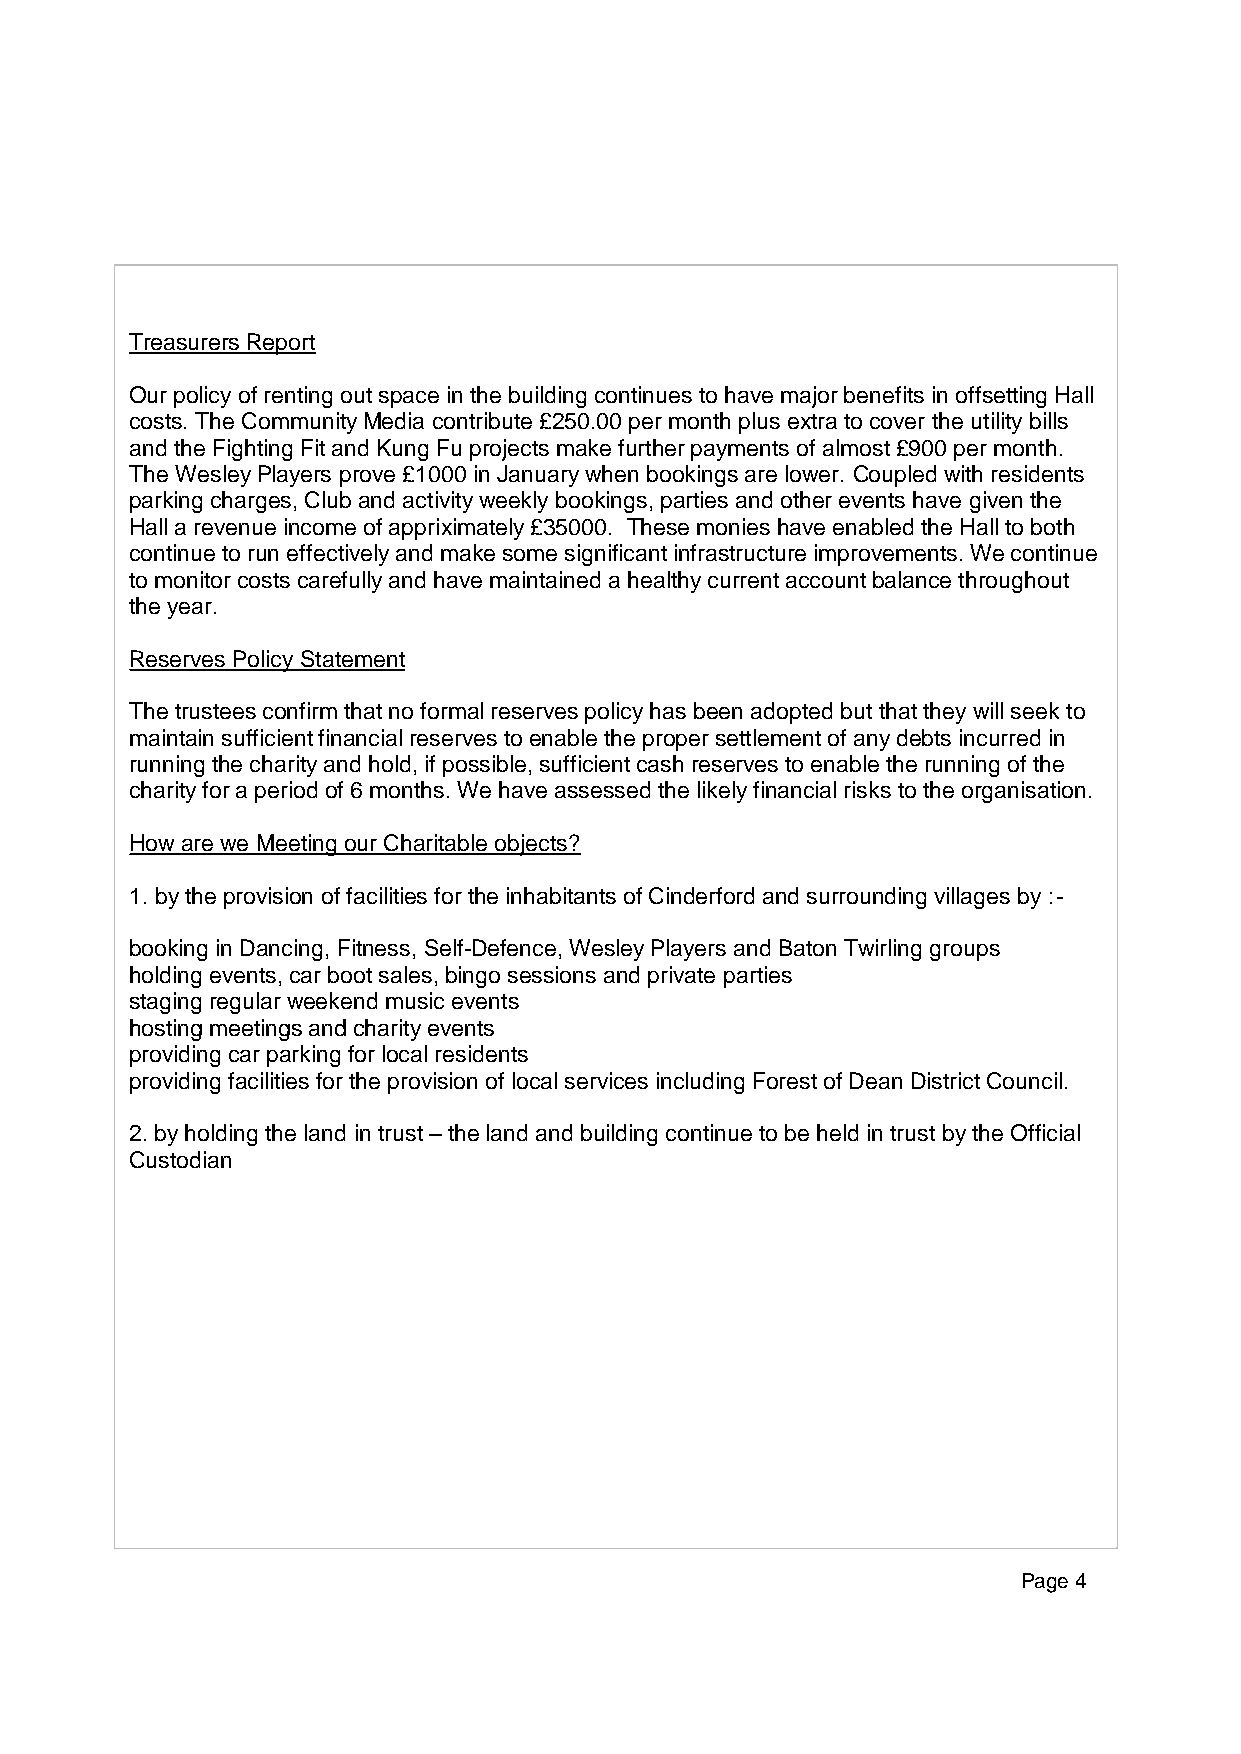
Treasurers Report
 Our policy of renting out space in the building continues to have major benefits in offsetting Hall
 costs. The Community Media contribute £250.00 per month plus extra to cover the utility bills
 and the Fighting Fit and Kung Fu projects make further payments of almost £900 per month.
 The WesleyPlayers prove £1000 in January when bookings are lower. Coupled with residents
 parking charges, Club and activity weekly bookings, parties and other events have given the
 Hall a revenue income of appriximately £35000. These monies have enabled the Hall to both
 continue to run effectively and make some significant infrastructure improvements. We continue
 to monitor costs carefully and have maintained a healthy current account balance throughout
 the year.
 Reserves Policy Statement
 The tru stees confirm that no formal reserves policy has been adopted but that they will seek to
 maintain sufficient financial reserves to enable the proper settlement of any debts incurred in
 running the charity and hold, if possible, sufficient cash reserves to enable the running of the
 charity for a period of 6 months. We have assessed the likely financial risks to the organisation.
 How are we Meeting our Charitable objects?
 1. by the provision of facilities for the inhabitants of Cinderford and surrounding villages by :-
 booking in Dancing, Fitness, Self-Defence, Wesley Players and Baton Twirling groups
 holding events, car boot sales, bingo sessions and private parties
 staging regular weekend music events
 hosting meetings and charity events
 providing car parking for local residents
 providing facilities for the provision of local services including Forest of Dean District Council.
 2. by holding the land in trust –the land and building continue to be held in trust by the Official
 Custodian
 Page 4